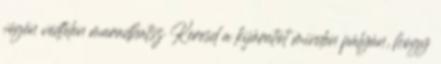
végén védtelen maradhatsz Keresd a kijáratot minden pályán, hogy